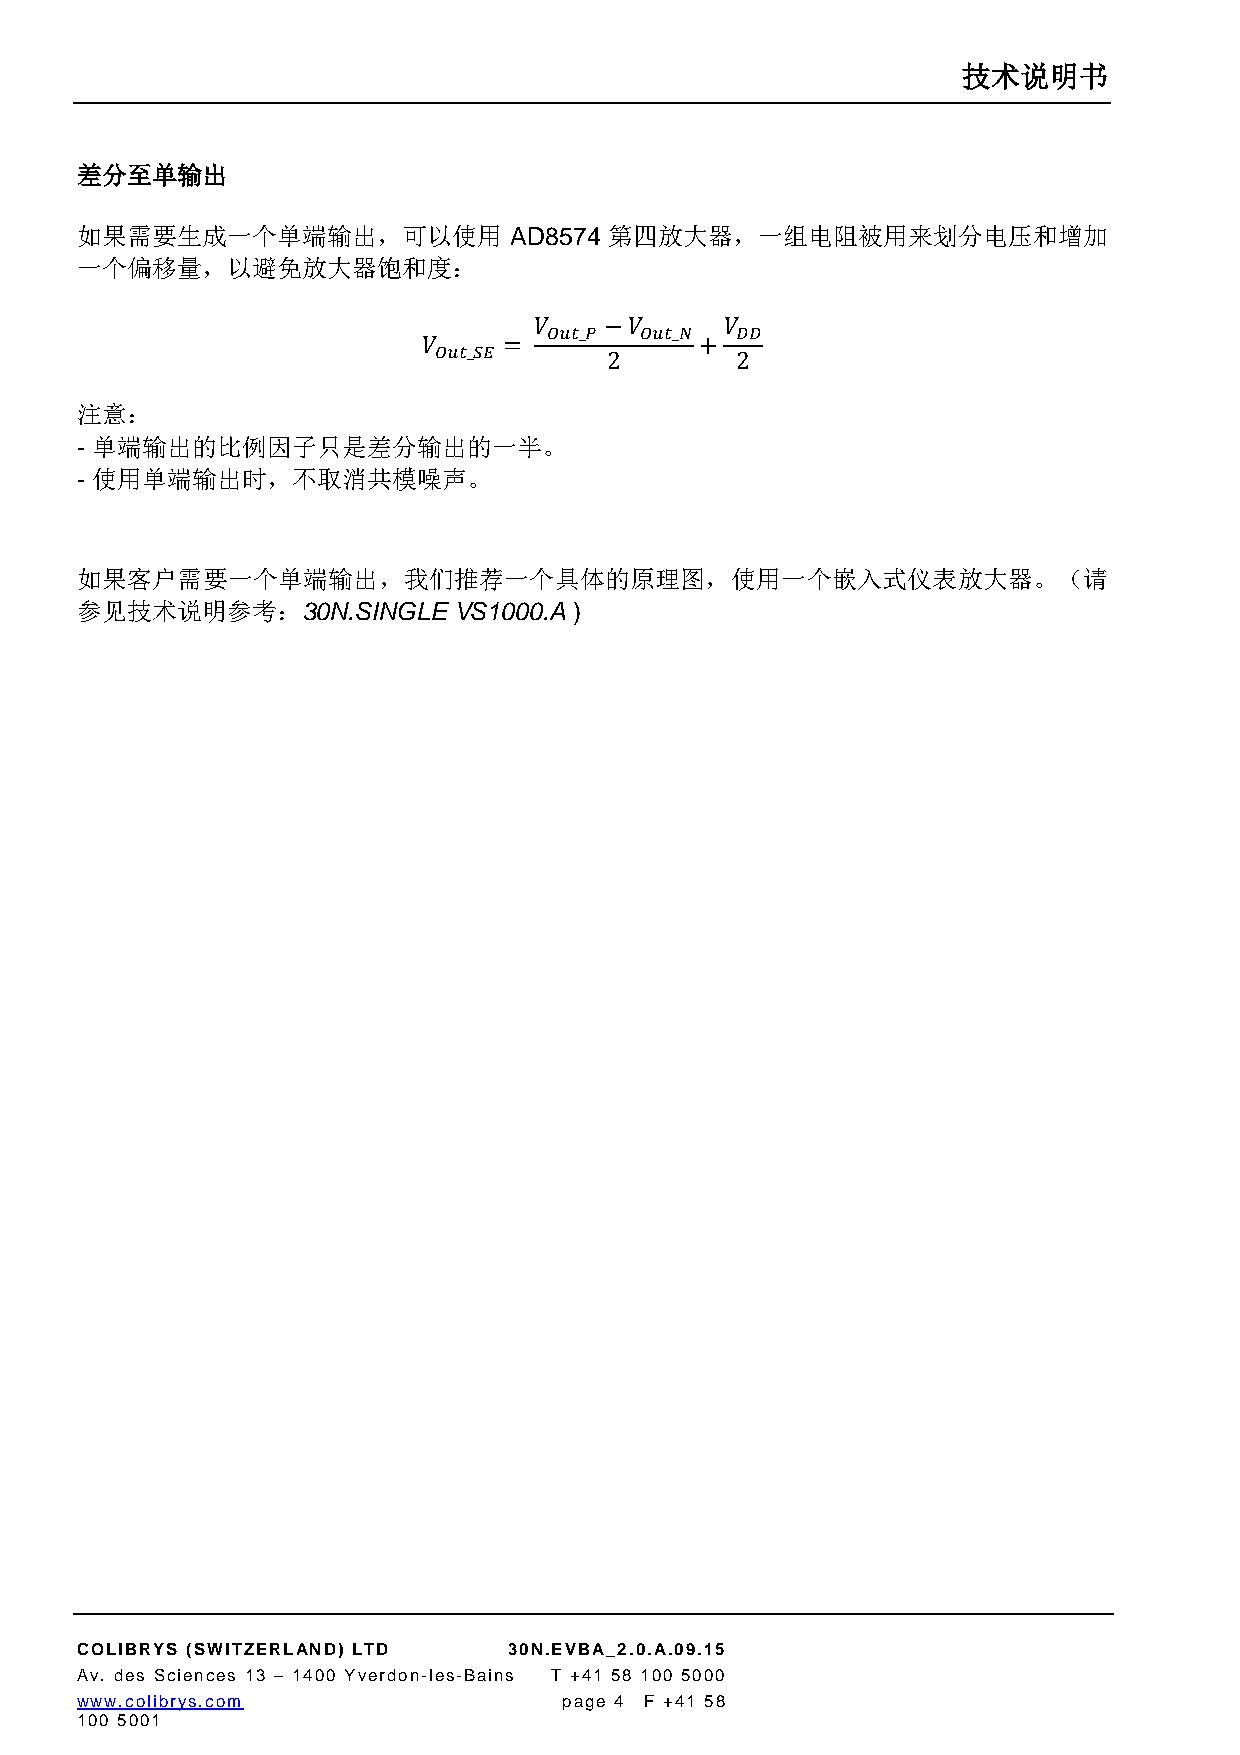
技术说明书
 差分至单输出
 如果需要生成一个单端输出，可以使用            AD8574 第四放大器，一组电阻被用来划分电压和增加
 一个偏移量，以避免放大器饱和度：
 𝑉    −𝑉      𝑉
 𝑂𝑢𝑡_𝑃 𝑂𝑢𝑡_𝑁  𝐷𝐷
 𝑉    =            +
 𝑂𝑢𝑡_𝑆𝐸     2        2
 注意：
 - 单端输出的比例因子只是差分输出的一半。
 - 使用单端输出时，不取消共模噪声。
 如果客户需要一个单端输出，我们推荐一个具体的原理图，使用一个嵌入式仪表放大器。（请
 参见技术说明参考：30N.SINGLE      VS1000.A )
 COLIBRYS (SWITZERLAND) LTD   30N.EVBA_2.0.A.09.15
 Av. des Sciences 13 – 1400 Yverdon-les-Bains T +41 58 100 5000
 www.colibrys.com                page 4 F +41 58
 100 5001